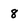
Character: 8